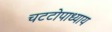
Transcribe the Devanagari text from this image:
चटटोपाध्याय